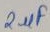
Text: 2µF